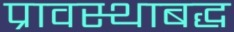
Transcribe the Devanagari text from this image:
प्रावस्थाबद्ध